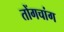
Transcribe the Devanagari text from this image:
तोंगचांग